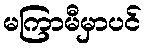
မကြာမီမှာပင်